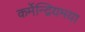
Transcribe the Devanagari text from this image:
कर्मेन्द्रियमया